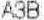
A3B